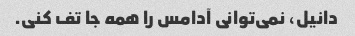
دانیل، نمی‌توانی آدامس را همه جا تف کنی.